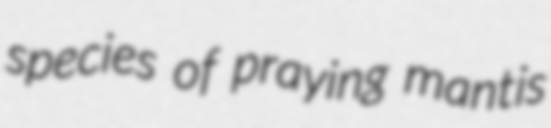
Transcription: species of praying mantis